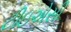
ટીઇએસી